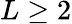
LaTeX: L\geq 2